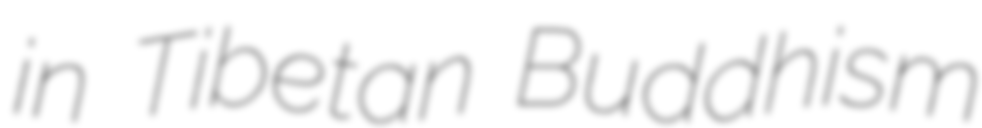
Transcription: in Tibetan Buddhism